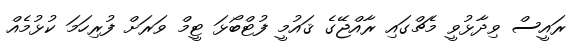
ރައީސް ވިދާޅުވީ މެޗްގައި ރާއްޖޭގެ ޤައުމީ ފުޓްބޯޅަ ޓީމް ވަރަށް ފުރިހަމަ ކުޅުމެއް